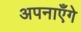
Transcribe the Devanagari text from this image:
अपनाएँगे